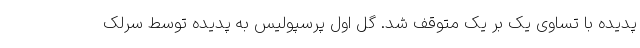
پدیده با تساوی یک بر یک متوقف شد. گل اول پرسپولیس به پدیده توسط سرلک